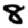
Digit: 8